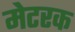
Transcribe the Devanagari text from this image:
मेटरक